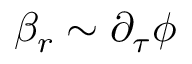
\beta _ { r } \sim \partial _ { \tau } \phi